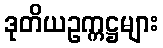
ဒုတိယဥက္ကဋ္ဌများ